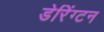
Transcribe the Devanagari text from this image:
डेरिंग्टन